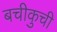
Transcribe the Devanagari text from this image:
बचीकुची